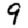
Digit: 9